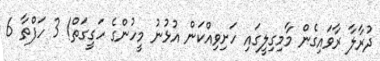
ދުރާލާ ރާވައިގެން މާމިގިލީގައި ހަށިވިއްކަން އުޅުނު މީހުންގެ ހަގީގަތް! 3 ހަފްތާ 6